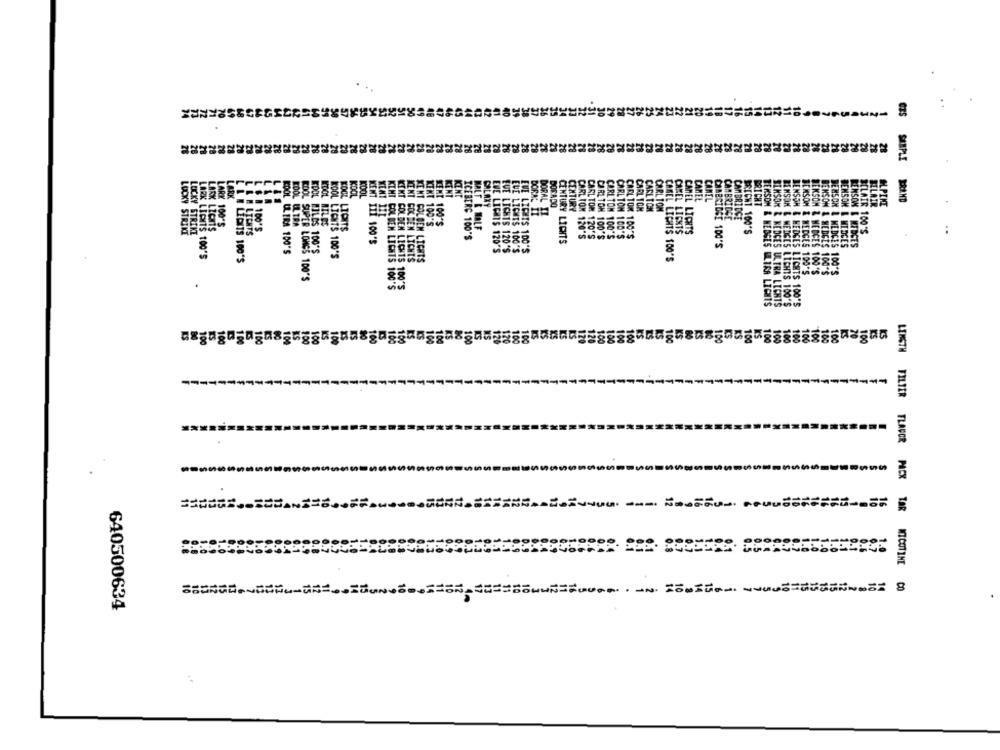
...
CES
SARPLE
KOOL
KENT
KOOL
ICE HE
DOS ADO
CAMEL
CANEL
BRICHT
ALPINE
BRAND
GALAXY
CENTURY
CARL TOM
CARLTON
CARL TOM
KENT 111
DORAL II
CAMBRIDGE
CAMBRIDGE
100*
KOOL ULTRA
KOOL MILES
SENT 100'S
STRIKE
LARK 100'S
KOOL LICITS
MALT & HALF
CAMEL LIGHTS
CAMEL LICHTS
BRIGHT 100'S
BELAIR 100'S
..
ICEBERG 100'S
CENTURY LICHTS
CARLTON 120'S
CARLTON 120'S
CARLTON 100'S
CARLTON 100'S
CARL TOR 100'S
CARLTON 100'S
CAMBRIDGE 100'S
DENSOM & MEDCES
RENSON & MEDCE'S
KOOL LICHTS 100'S
EVE LIGHTS 120'S
EUE LICHTS 120'S
EUE LIGHTS 100'S
LIPITS 100'S
! GOLDEN LIEGTS
MENT GOCHEN LICHTS
KENT GOLDEN LICHTS
CAMEL LICHTS 100'S
KOOL SUPER LOMSS 100'S
BENSON & MEDGES 100'S
JEKSOM & MERCES 100'S
BENSON & HEDGES 100'S
BENSON & MEDCES 100'S
TERSON & NESSES ELIRA LIENTS
BENSON & KEDGES ULTRA LIGHTS
BENSON & WEDGES LICHTS 100'S
BENSON & HEDGES LICHTS 100'S
100
100
--------
LENGTH FILTER FLAVOR PACK
16
1.0
1.0
1.1
0.1
0.6
0.7
1.0
MICOTIME
640500634